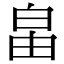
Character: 𤽙